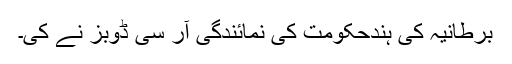
برطانیہ کی ہندحکومت کی نمائندگی آر سی ڈوبز نے کی۔